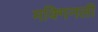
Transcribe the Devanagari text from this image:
मक्गिनली